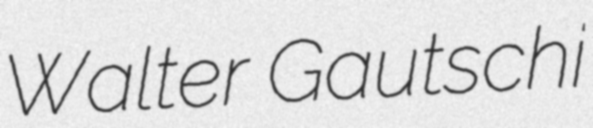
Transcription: Walter Gautschi